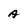
Character: A